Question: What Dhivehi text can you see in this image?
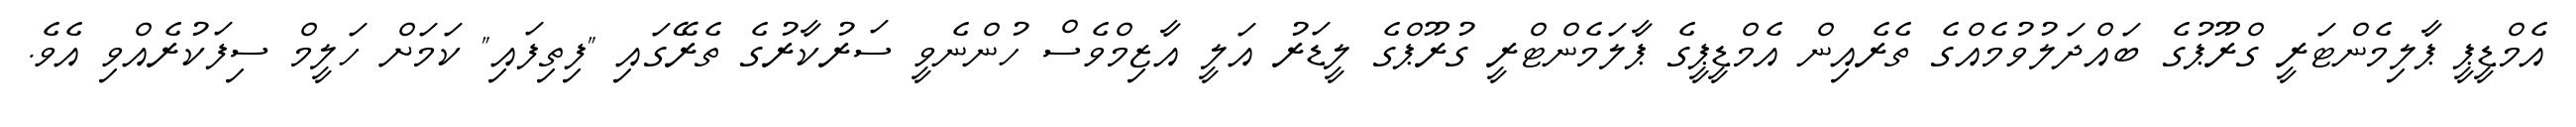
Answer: އެމްޑީޕީ ޕާލިމެންޓަރީ ގްރޫޕުގެ ބައްދަލުވުމެއްގެ ތެރެއިން އެމްޑީޕީގެ ޕާލަމެންޓްރީ ގުރޫޕްގެ ލީޑަރު އަލީ އާޒިމްވެސް ހުންނެވީ ސަރުކާރުގެ ތެރޭގައި "ފިތިފައި" ކަމަށް ހަލީމް ސިފަކުރެއްވި އެވެ.